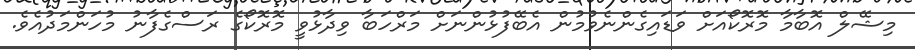
މިޝޭލް އޮބާމާ މޮރޮކޯއަށް ވަޑައިގެންނެވުމުން އެބޭފުޅުންނަށް މަރްހަބާ ވިދާޅުވީ މޮރޮކޯގެ ރަސްގެފާނު މުހަންމަދުއެވެ.